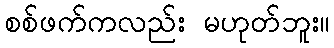
စစ်ဖက်ကလည်း မဟုတ်ဘူး။